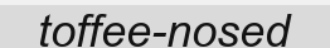
toffee-nosed